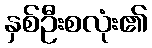
နှစ်ဦးစလုံး၏